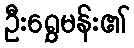
ဦးရွှေမန်း၏